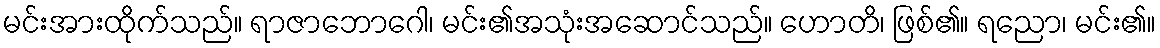
မင်းအားထိုက်သည်။ ရာဇာဘောဂေါ၊ မင်း၏အသုံးအဆောင်သည်။ ဟောတိ၊ ဖြစ်၏။ ရညော၊ မင်း၏။